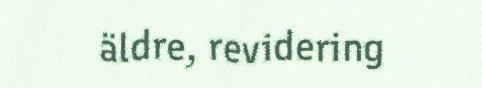
äldre, revidering